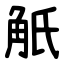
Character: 觗